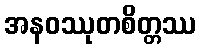
အနဝဿုတစိတ္တဿ